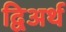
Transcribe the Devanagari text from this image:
द्विअर्थ